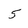
Character: 5